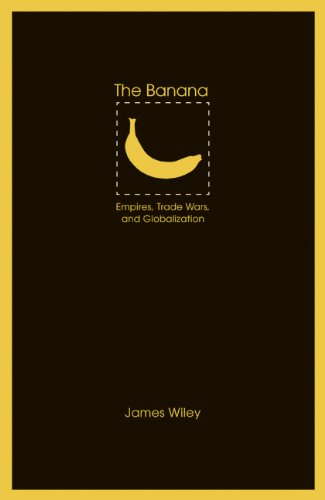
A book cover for The Banana: Empires, Trade Wars, and Globalization (At Table); Prof. James Wiley PhD; Science & Math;